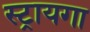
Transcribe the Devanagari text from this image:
स्ट्रायगा